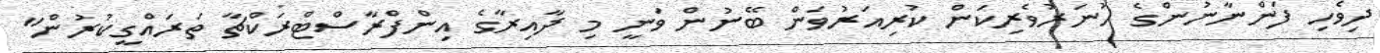
ދިވެހި ފަންނާނުންގެ ހުނަރުވެރިކަން ކުރިއަރުވަން ބޭނުން ވަނީ މި ދާއިރާގެ އިންފްރާސްޓްރަކްޗާ ތަރައްގީކުރުން"